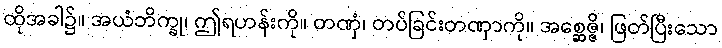
ထိုအခါ၌။ အယံဘိက္ခု၊ ဤရဟန်းကို။ တဏှံ၊ တပ်ခြင်းတဏှာကို။ အစ္ဆေဇ္ဇိ၊ ဖြတ်ပြီးသော